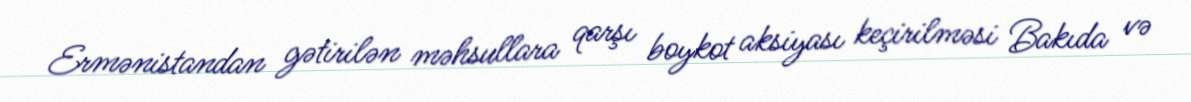
Ermənistandan gətirilən məhsullara qarşı boykot aksiyası keçirilməsi Bakıda və